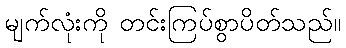
မျက်လုံးကို တင်းကြပ်စွာပိတ်သည်။